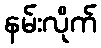
နမ်းလိုက်